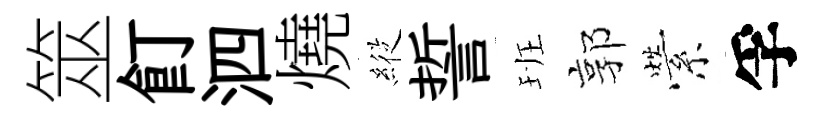
筮飣泗燒𦂵誓班郭縈孚